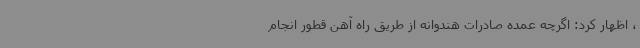
، اظهار کرد: اگرچه عمده صادرات هندوانه از طریق راه آهن قطور انجام